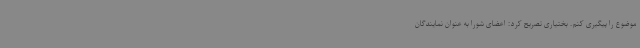
موضوع را پیگیری کنم. بختیاری تصریح کرد: اعضای شورا به عنوان نمایندگان